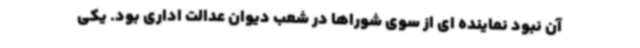
آن نبود نماینده ای از سوی شوراها در شعب دیوان عدالت اداری بود. یکی